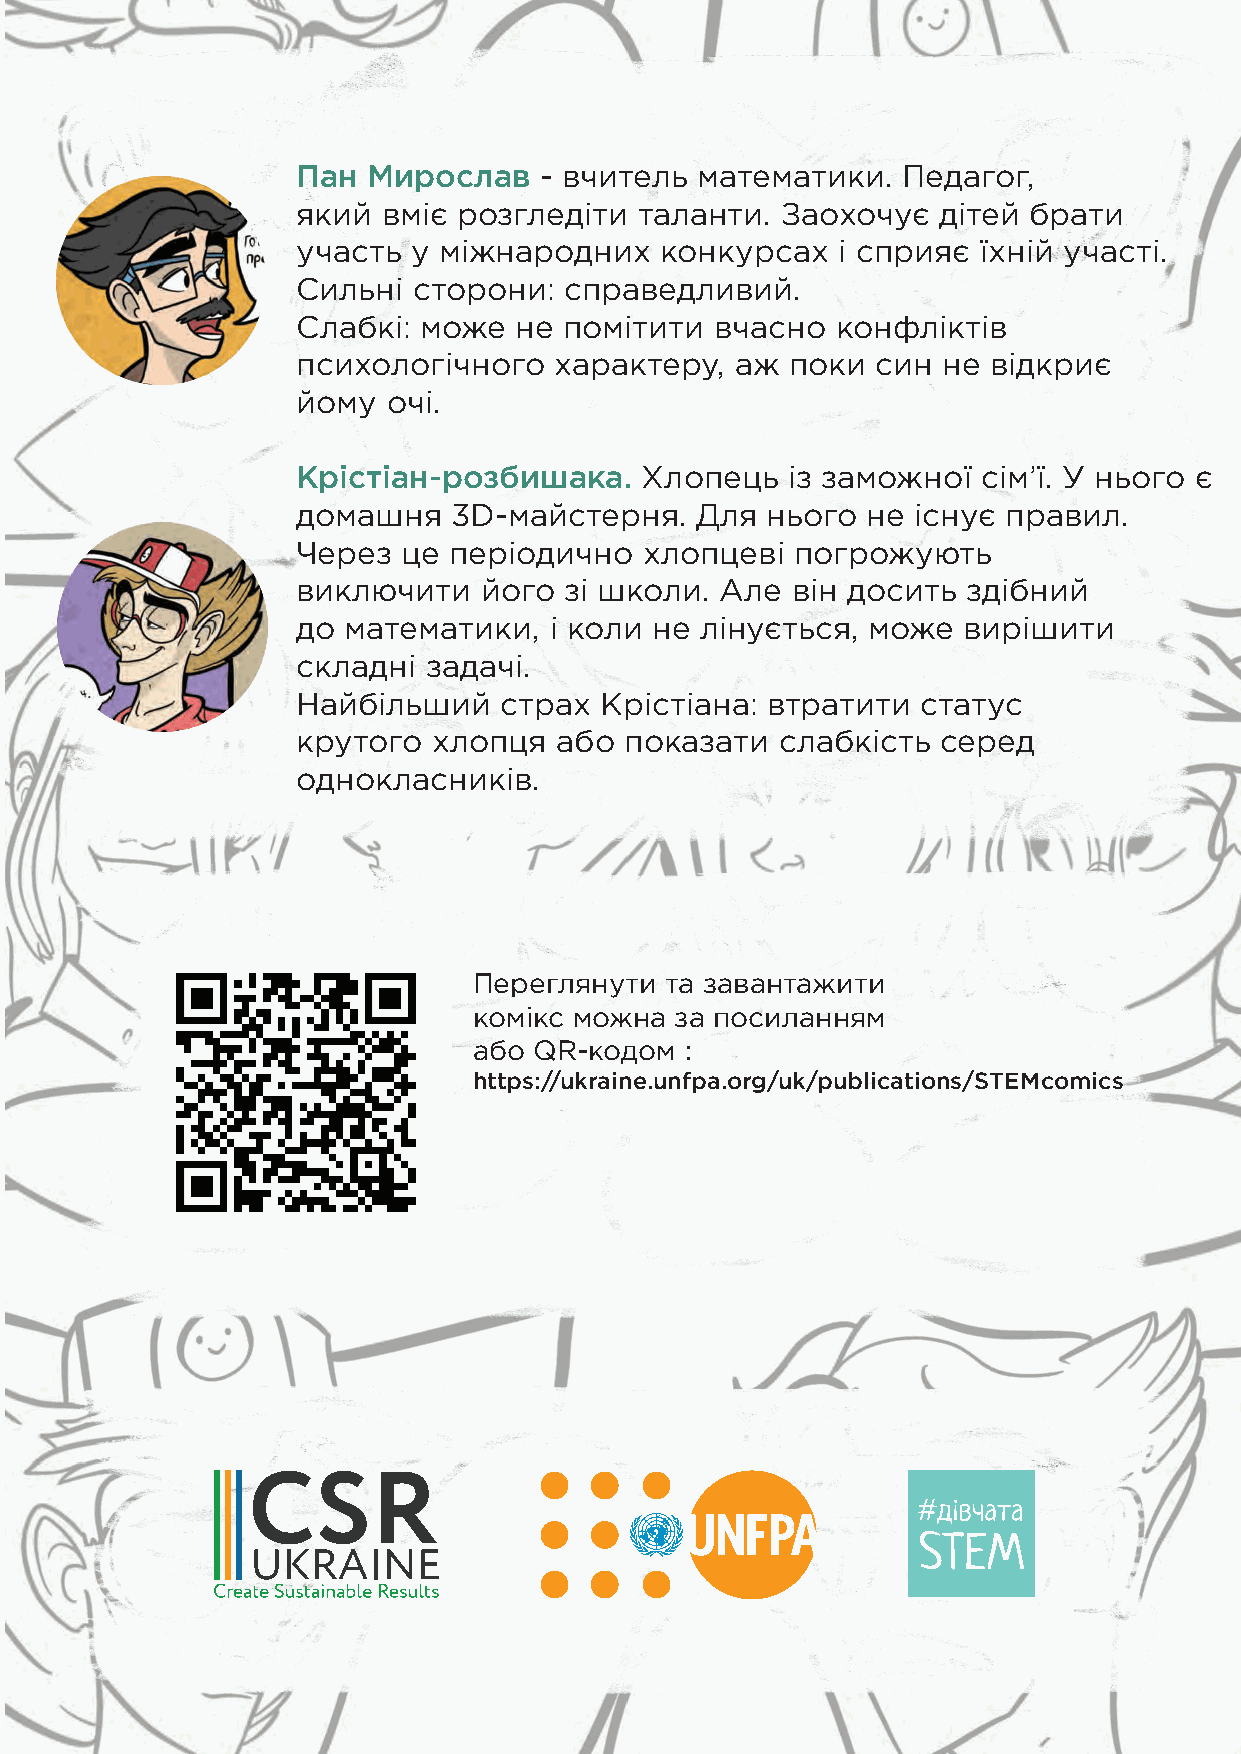
Пан Мирослав    - вчитель математики.   Педагог,
 який вміє розгледіти  таланти.  Заохочує  дітей брати
 участь у міжнародних    конкурсах  і сприяє  їхній участі.
 Сильні сторони:  справедливий.
 Слабкі: може  не помітити  вчасно  конфліктів
 психологічного   характеру,  аж поки  син не  відкриє
 йому  очі.
 Крістіан-розбишака.   Хлопець   із заможної  сім’ї. У нього є
 домашня   3D-майстерня.   Для  нього не  існує правил.
 Через  це періодично   хлопцеві  погрожують
 виключити   його зі школи.  Але він досить  здібний
 до математики,  і коли не лінується, може   вирішити
 складні задачі.
 Найбільший   страх  Крістіана: втратити  статус
 крутого  хлопця  або показати   слабкість серед
 однокласників.
 Переглянути  та завантажити
 комікс можна  за посиланням
 або QR-кодом  :
 https://ukraine.unfpa.org/uk/publications/STEMcomics